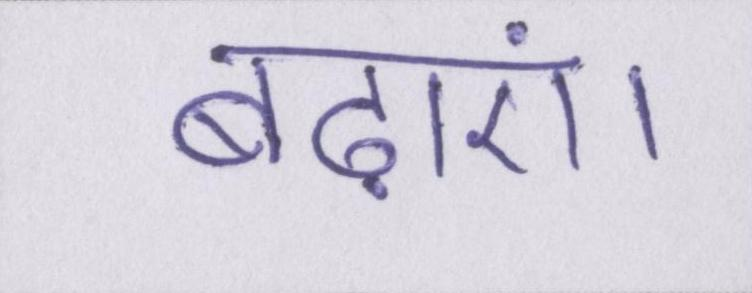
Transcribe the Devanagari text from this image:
बढ़ाएं।